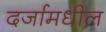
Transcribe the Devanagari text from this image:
दर्जामधील